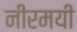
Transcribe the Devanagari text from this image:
नीरमयी